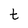
Character: t